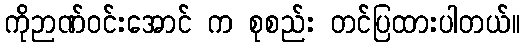
ကိုဉာဏ်ဝင်းအောင် က စုစည်း တင်ပြထားပါတယ်။